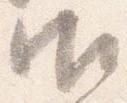
御